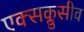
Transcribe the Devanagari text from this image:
एक्सक्लुसीव